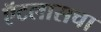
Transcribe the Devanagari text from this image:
ऍटलासचा